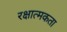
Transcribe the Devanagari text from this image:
रक्षात्मकता